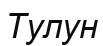
Тулун